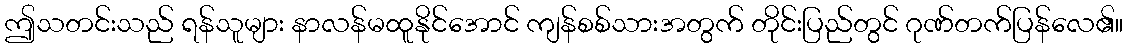
ဤသတင်းသည် ရန်သူများ နာလန်မထူနိုင်အောင် ကျန်စစ်သားအတွက် တိုင်းပြည်တွင် ဂုဏ်တက်ပြန်လေ၏။